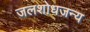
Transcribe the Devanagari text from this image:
जलशोधजन्य